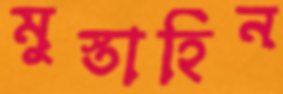
মুস্তাহিন